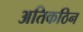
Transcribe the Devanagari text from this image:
अतिकठिन